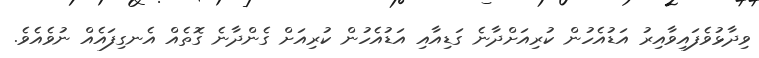
ވިދާޅުވެފައިވާއިރު އަޑުއެހުން ކުރިއަށްދާނެ ގަޑިއާއި އަޑުއެހުން ކުރިއަށް ގެންދާނެ ގޮތެއް އެނގިފައެއް ނުވެއެވެ.